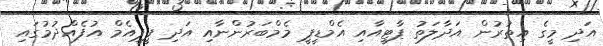
އަދި މީގެ އިތުރުން އަދާލަތު ޕާޓީއާއި އެމްޑީޕީ މެމްބަރުންނާއި އަދި ޕީޕީއެމް އުފެއްދުމުގައި